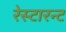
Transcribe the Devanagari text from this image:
रेस्टारन्ट